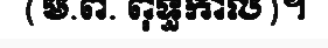
(ម.ព. ពុទ្ធកាល)។